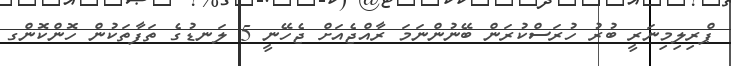
ޕްރިލިމިނަރީ ބުރު ހުރަސްކުރަން ބޭނުންނަމަ ރާއްޖެއަށް ޖެހޭނީ 5 ލަނޑުގެ ތަފާތަކުން ހޮންކޮންގ